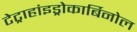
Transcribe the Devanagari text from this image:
टेट्राहांइड्रोकार्बिनोल